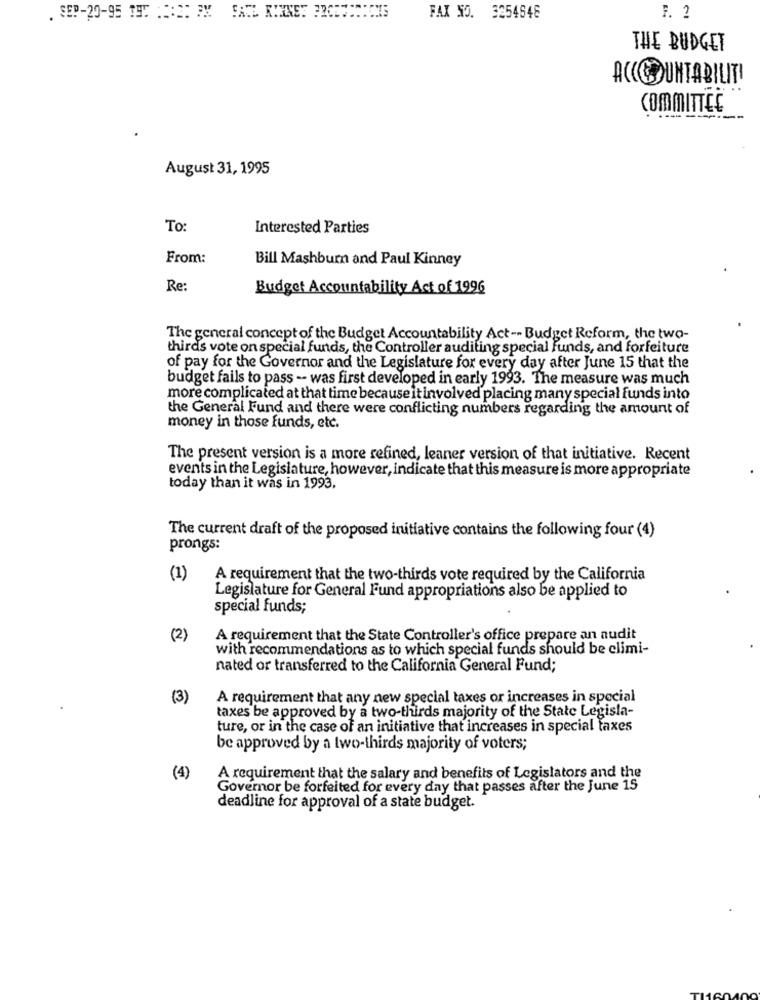
. SEP-20-95 TH: ::: 2: 3X
FAX NO. 3254648
F. 2
THE BUDGET
ACCOUNTABILITY
COMMITTEE
August 31, 1995
To:
Interested Parties
From:
Bill Mashburn and Paul Kinney
Re:
Budget Accountability Act of 1996
The general concept of the Budget Accountability Act -- Budget Reform, the two-
thirds vote on special funds, the Controller auditing special funds, and forfeiture
of pay for the Governor and the Legislature for every day after June 15 that the
budget fails to pass -- was first developed in early 1993. The measure was much
more complicated at that time because it involved placing many special funds into
the General Fund and there were conflicting numbers regarding the amount of
money in those funds, etc.
The present version is a more refined, leaner version of that initiative. Recent
events in the Legislature, however, indicate that this measure is more appropriate
today than it was in 1993,
The current draft of the proposed initiative contains the following four (4)
prongs:
(1)
A requirement that the two-thirds vote required by the California
Legislature for General Fund appropriations also be applied to
special funds;
(2)
A requirement that the State Controller's office prepare an audit
with recommendations as to which special funds should be climi-
nated or transferred to the California General Fund;
(3)
A requirement that any new special taxes or increases in special
taxes be approved by a two-thirds majority of the State Legisla-
ture, or in the case of an initiative that increases in special taxes
be approved by a two-thirds majority of voters;
(4)
A requirement that the salary and benefits of Legislators and the
Governor be forfeited for every day that passes after the June 15
deadline for approval of a state budget.